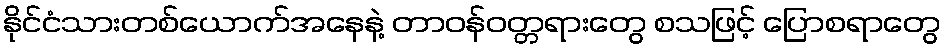
နိုင်ငံသားတစ်ယောက်အနေနဲ့ တာဝန်ဝတ္တရားတွေ စသဖြင့် ပြောစရာတွေ